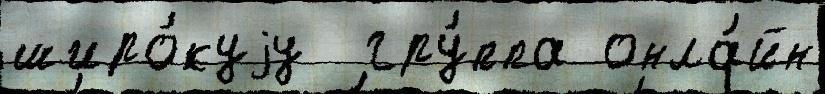
широ́куjу  гру́ппа онла́йн